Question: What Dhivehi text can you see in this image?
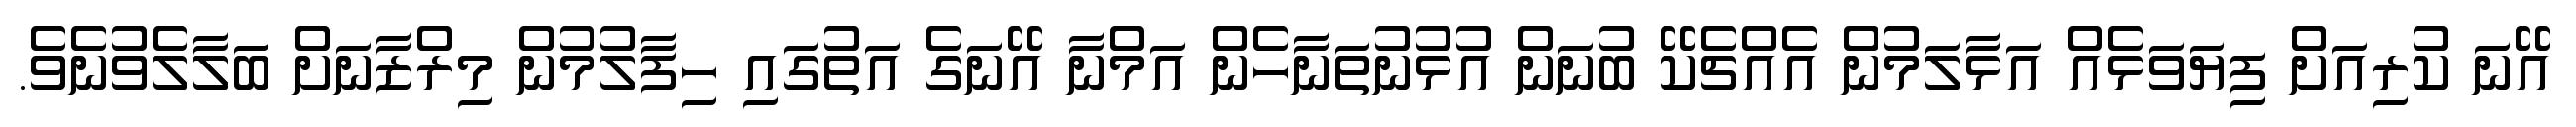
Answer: އޭނަ ކުރިއަށް ފިޔަވަޅެއް އަޅާލަމުން އެއްޗެކޭ ބުނަން އުޅުނުތަނާހެން އަމްނާ އޭނަގެ އަތުގައި ހިފާލުމުން މިރްޒާނަށް ބަލާލެވުނެވެ.